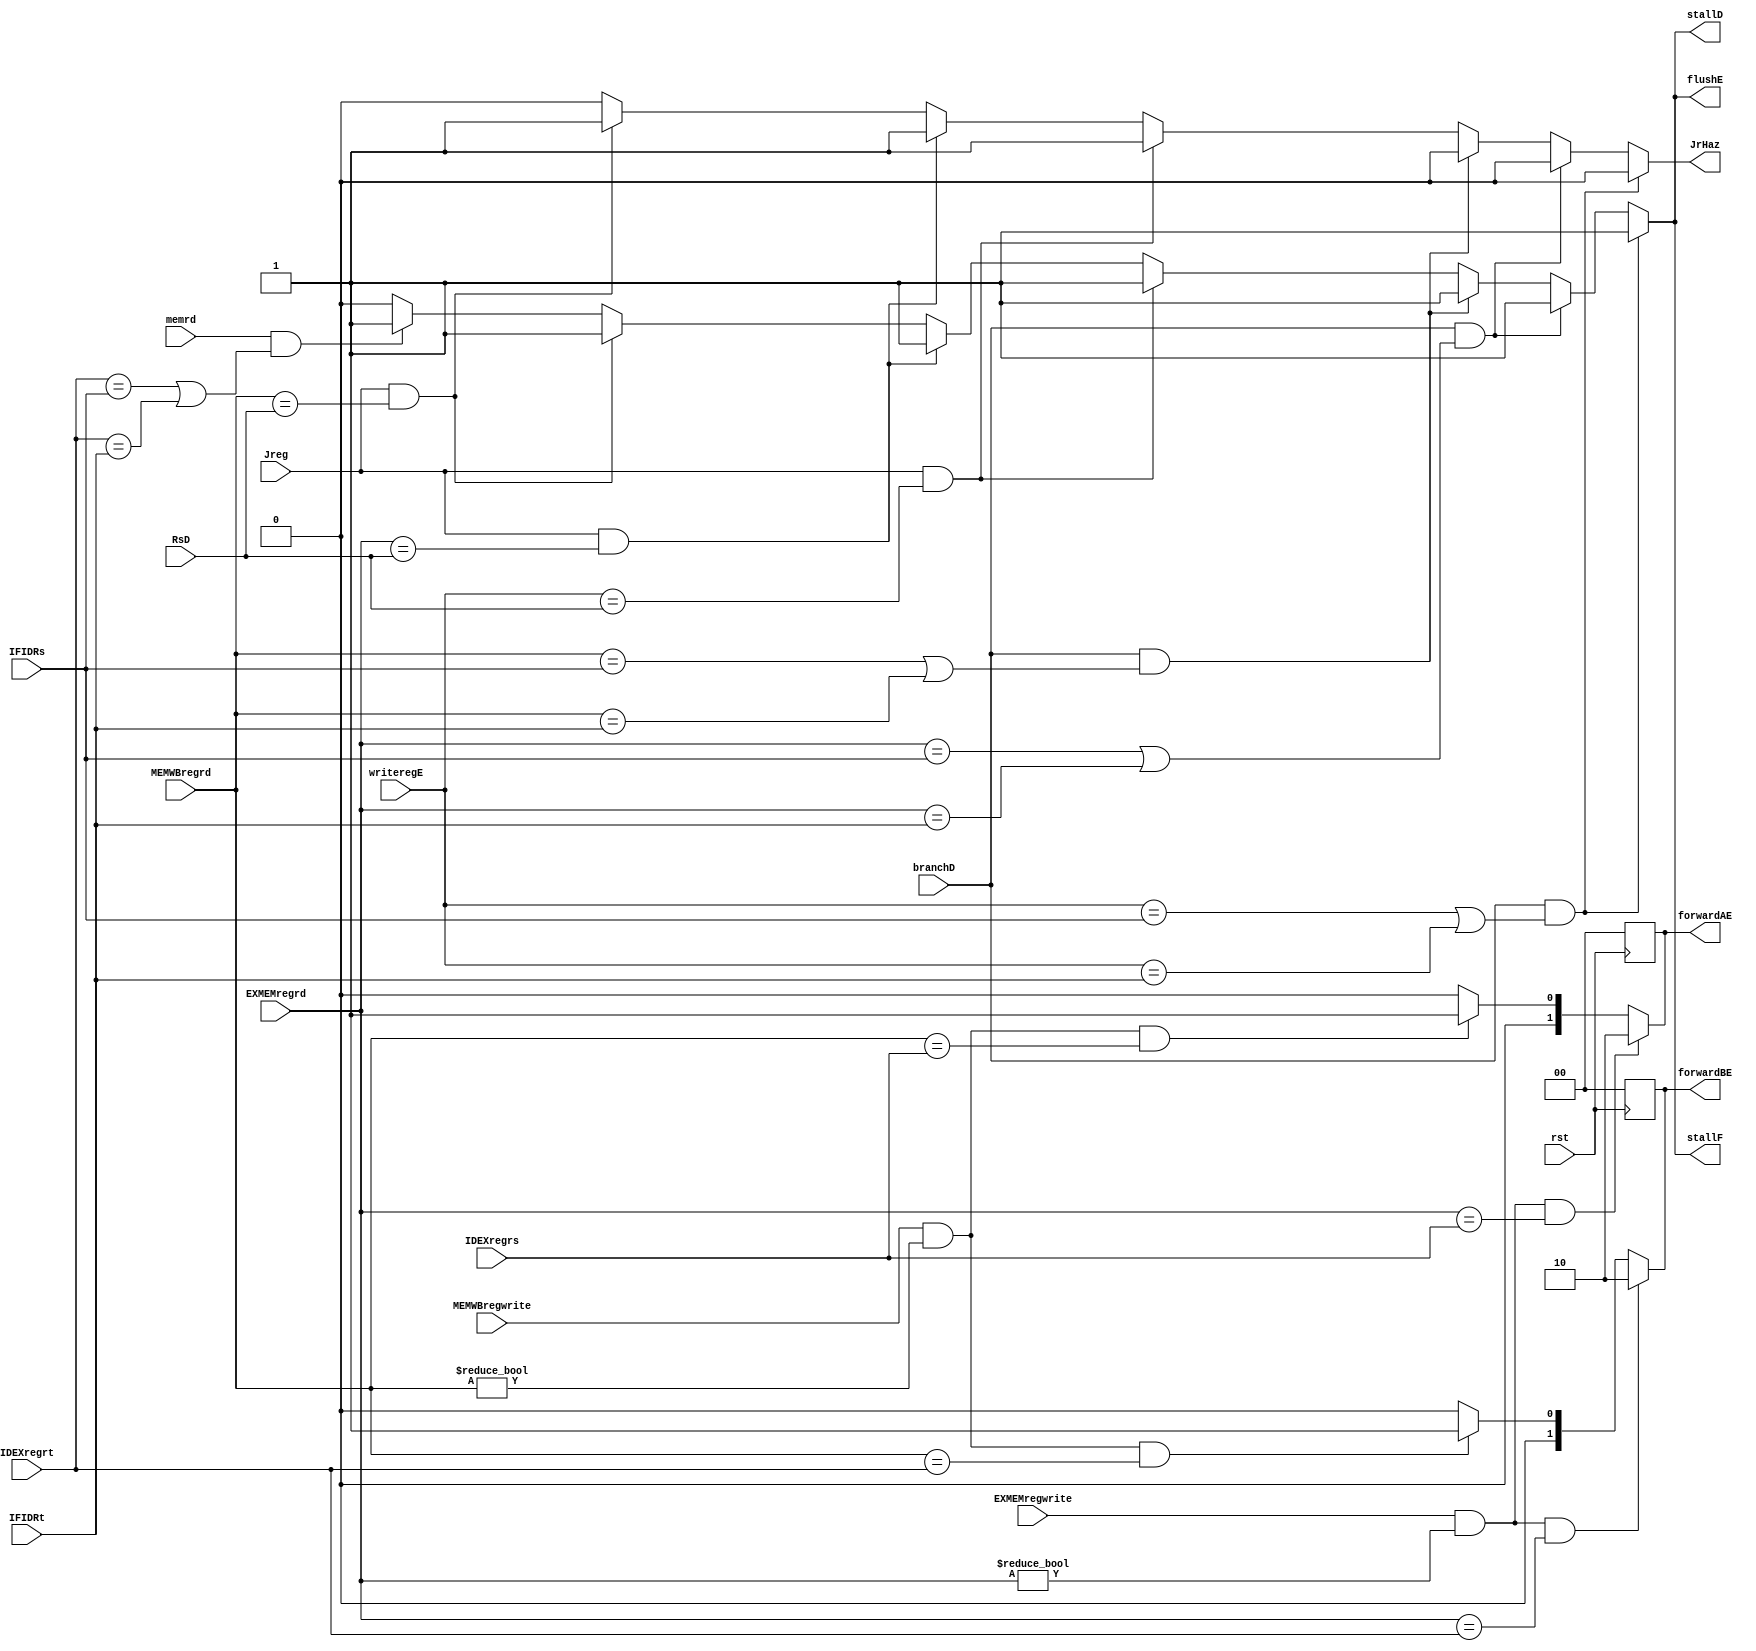
module DataHazardDetUnit(
    input branchD, // branch ctr
    input Jreg, // jr ctr
    input [4:0] writeregE, // write register address
    input [4:0] RsD, // 1st read register address at ID/EX
    input [4:0] IFIDRt, // 2nd read register address at IF/ID
    input [4:0] IFIDRs, // 1st read register address at IF/ID
    input memrd, // read mem ctr
    input MEMWBregwrite, // write mem ctr
    input [4:0] MEMWBregrd, // write register addr at MEM/WB
    input EXMEMregwrite, // write reg ctr EX/MEM
    input [4:0] EXMEMregrd, // write reg addr at EX/MEM 
    input [4:0] IDEXregrt, // 2nd read reg addr at ID/EX
    input [4:0] IDEXregrs, // 1st read reg addr at ID/EX
    input rst, // reset signal
    output reg JrHaz, // ctr signal to stop flushing in IFID ppreg
    output reg [1:0] forwardAE, // forward selection for 1st ALU input
    output reg [1:0] forwardBE, // forward selection for 2nd ALU input
    output reg stallF, // IF stalling ctr (for stalling)
    output reg stallD, // ID stalling ctr (for stalling)
    output reg flushE // EX flushing ctr (for stalling)
);

// reset state
always @(posedge rst) begin
    forwardAE <= 0;
    forwardBE <= 0;
end

always @(*) begin
    // beq/bne data hazard stalling logic 
    if (branchD && ((writeregE == IFIDRs) || (writeregE == IFIDRt))) begin
        JrHaz = 0;
        stallF = 1;
        stallD = 1;
        flushE = 1;
    end
    else if (branchD && ((EXMEMregrd == IFIDRs) || (EXMEMregrd == IFIDRt))) begin
        JrHaz = 0;
        stallF = 1;
        stallD = 1;
        flushE = 1;
    end
    else if (branchD && ((MEMWBregrd == IFIDRs) || (MEMWBregrd == IFIDRt))) begin
        JrHaz = 0;
        stallF = 1;
        stallD = 1;
        flushE = 1;
    end

    // jr data hazard stalling logic
    else if (Jreg && (writeregE == RsD)) begin
        JrHaz = 1;
        stallF = 1;
        stallD = 1;
        flushE = 1;
    end
    else if (Jreg && (EXMEMregrd == RsD)) begin
        JrHaz = 1;
        stallF = 1;
        stallD = 1;
        flushE = 1;
    end
    else if (Jreg && (MEMWBregrd == RsD)) begin
        JrHaz = 1;
        stallF = 1;
        stallD = 1;
        flushE = 1;
    end

    // lw stalling logic
    else if (memrd && ((IDEXregrt == IFIDRs) || (IDEXregrt == IFIDRt))) begin
        stallF = 1;
        stallD = 1;
        flushE = 1;
        JrHaz = 0;
    end
    else begin
        stallF = 0;
        stallD = 0;
        flushE = 0;
        JrHaz = 0;
    end

    // forward from DM to Rs
    if (EXMEMregwrite && (EXMEMregrd != 0) && (EXMEMregrd == IDEXregrs)) begin
        forwardAE <= 2'b10;
    end

    // forward from WB to Rs
    else if (MEMWBregwrite && (MEMWBregrd != 0) && (MEMWBregrd == IDEXregrs)) begin
        forwardAE <= 2'b01;
    end

    // default: no forwarding
    else begin
        forwardAE <= 2'b00;
    end

    // forward from DM to Rt
    if (EXMEMregwrite && (EXMEMregrd != 0) && (EXMEMregrd == IDEXregrt)) begin
        forwardBE <= 2'b10;
    end

    // forward from WB to Rt
    else if (MEMWBregwrite && (MEMWBregrd != 0) && (MEMWBregrd == IDEXregrt)) begin
        forwardBE = 2'b01;
    end

    // default: no forwarding
    else begin
        forwardBE <= 2'b00;
    end

end
    
endmodule